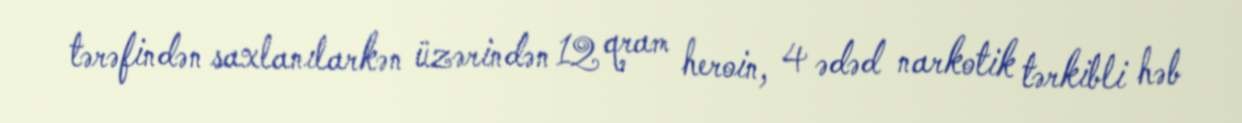
tərəfindən saxlanılarkən üzərindən 12 qram heroin, 4 ədəd narkotik tərkibli həb